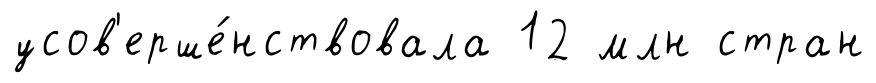
усов'ерше́нствовала 12 млн стран